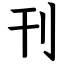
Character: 刊